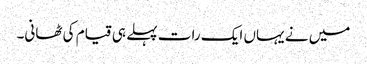
میں نے یہاں ایک رات پہلے ہی قیام کی ٹھانی۔